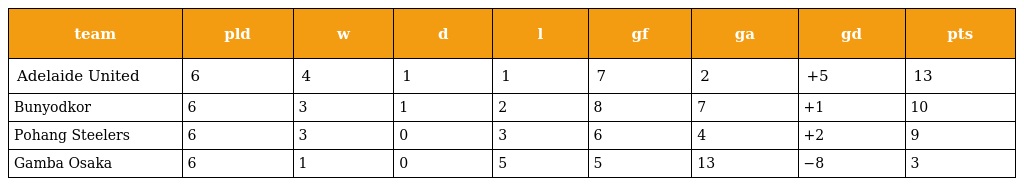
| team | pld | w | d | l | gf | ga | gd | pts |
 | --- | --- | --- | --- | --- | --- | --- | --- | --- |
 | Adelaide United | 6 | 4 | 1 | 1 | 7 | 2 | +5 | 13 |
 | Bunyodkor | 6 | 3 | 1 | 2 | 8 | 7 | +1 | 10 |
 | Pohang Steelers | 6 | 3 | 0 | 3 | 6 | 4 | +2 | 9 |
 | Gamba Osaka | 6 | 1 | 0 | 5 | 5 | 13 | −8 | 3 |